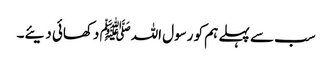
سب سے پہلے ہم کو رسول اللہﷺ دکھائی دیئے۔